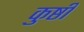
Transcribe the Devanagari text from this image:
कुष्ठी